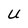
Character: U